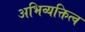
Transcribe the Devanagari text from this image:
अभिव्यक्तित्व